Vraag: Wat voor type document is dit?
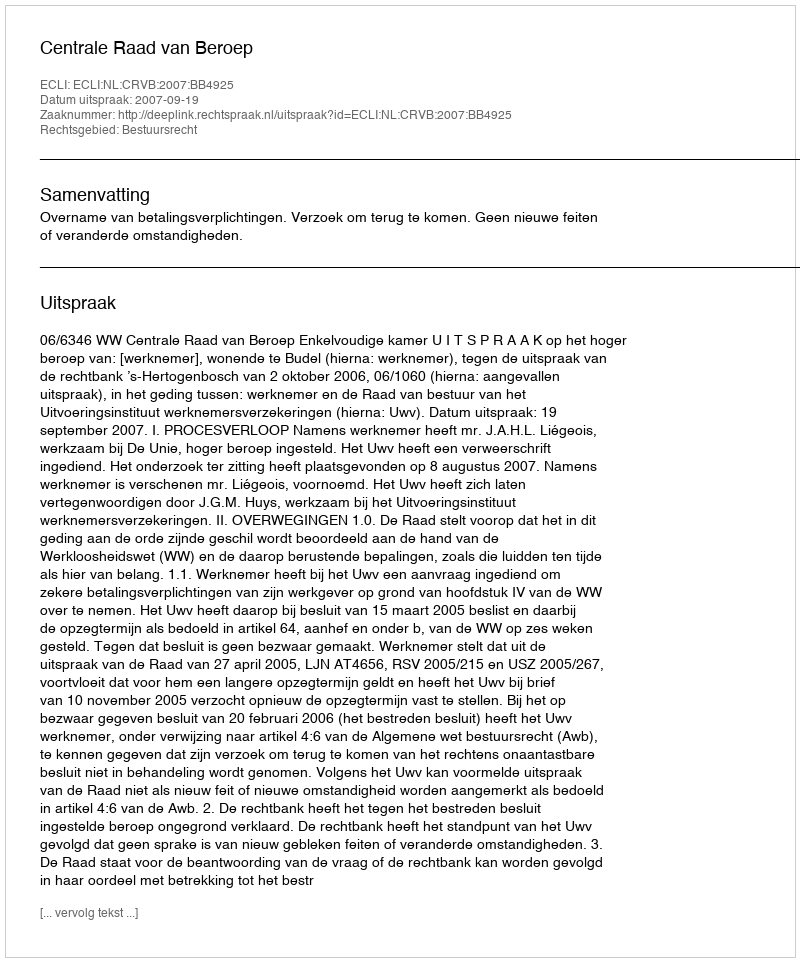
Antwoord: Uitspraak